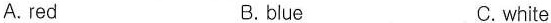
A. red B. blue C.white